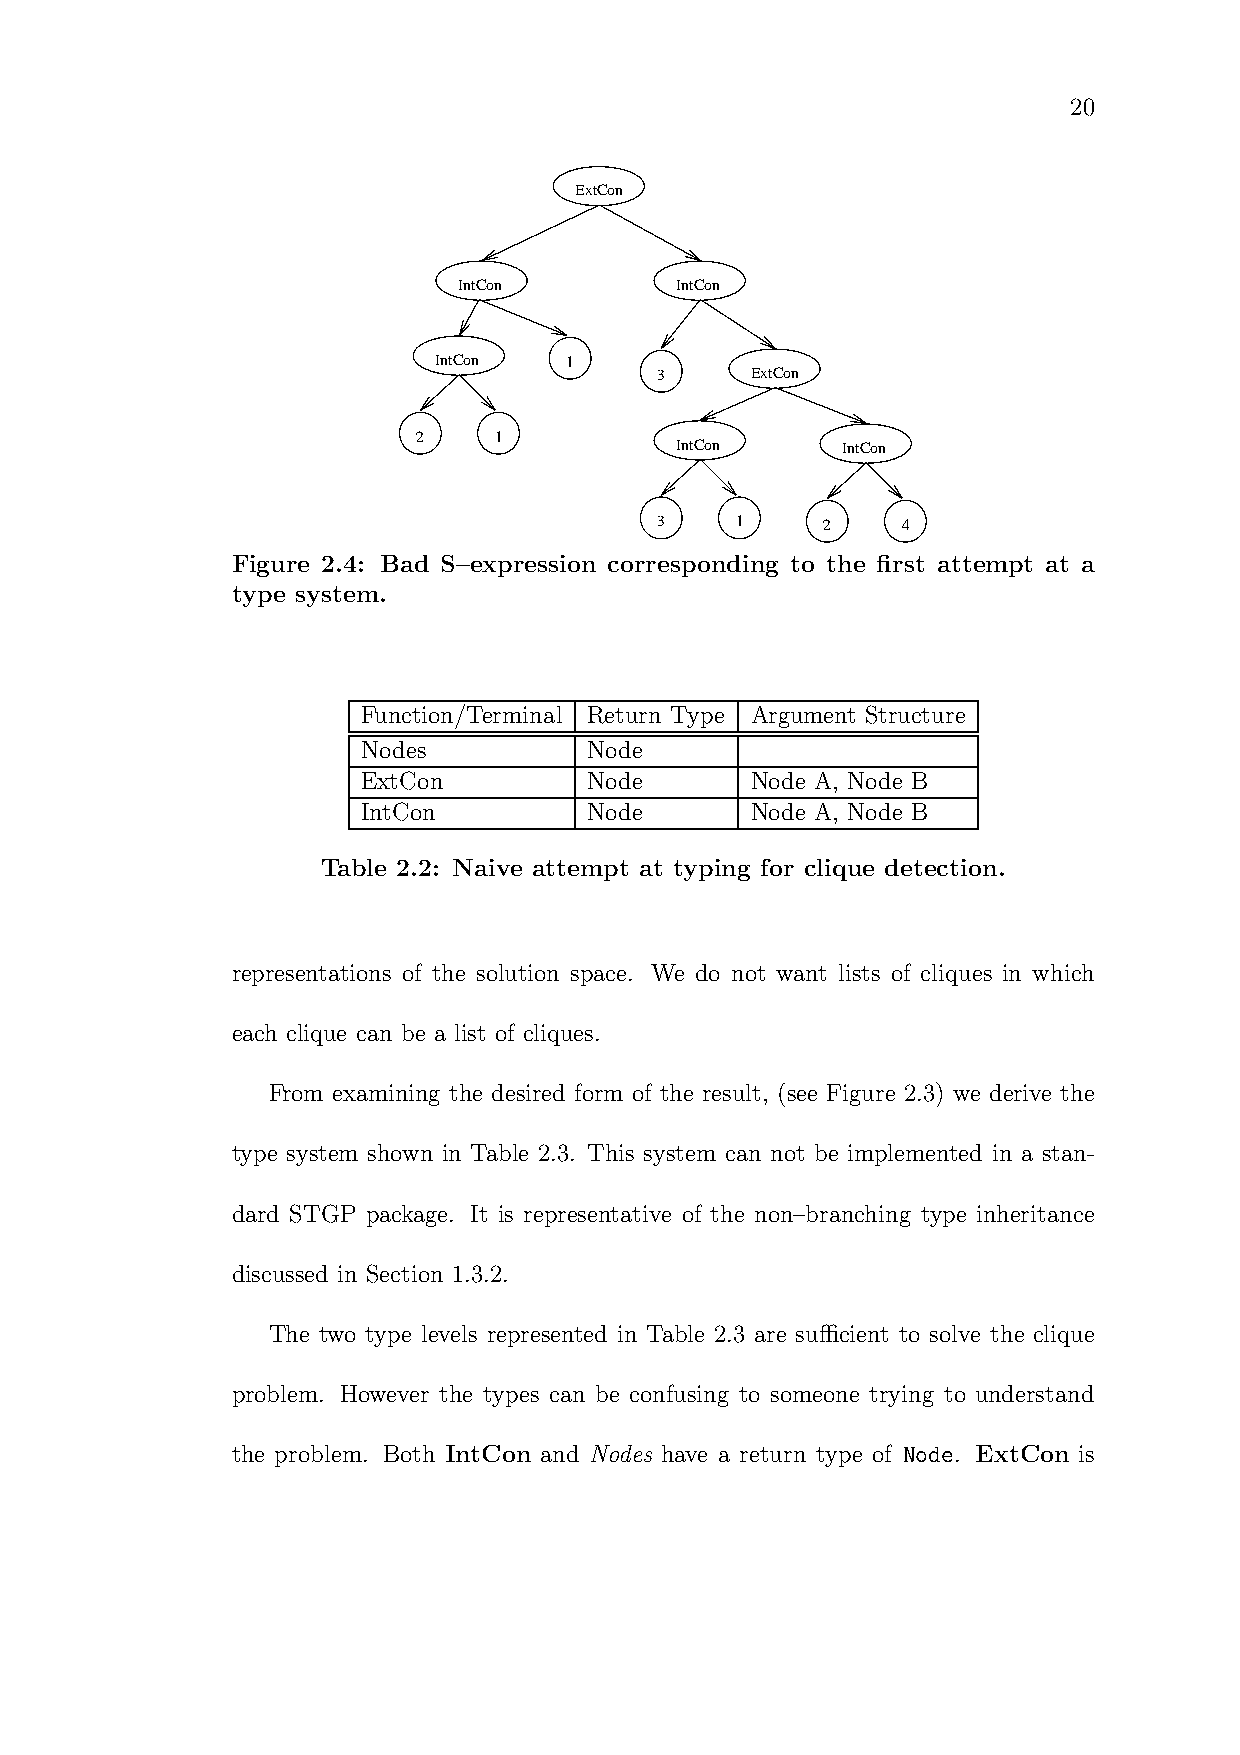
20
 ExtCon
 IntCon         IntCon
 IntCon  1
 3     ExtCon
 2    1
 IntCon     IntCon
 3    1    2     4
 Figure 2.4: Bad S–expression corresponding to the first attempt at a
 type system.
 Function/Terminal Return Type Argument Structure
 Nodes          Node
 ExtCon         Node       Node A, Node B
 IntCon         Node       Node A, Node B
 Table 2.2: Naive attempt at typing for clique detection.
 representations of the solution space. We do not want lists of cliques in which
 each clique can be a list of cliques.
 From examining the desired form of the result, (see Figure 2.3) we derive the
 type system shown in Table 2.3. This system can not be implemented in a stan-
 dard STGP package. It is representative of the non–branching type inheritance
 discussed in Section 1.3.2.
 The two type levels represented in Table 2.3 are sufficient to solve the clique
 problem. However the types can be confusing to someone trying to understand
 the problem. Both IntCon and Nodes have a return type of Node. ExtCon is